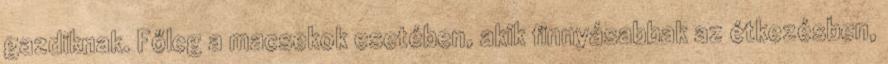
gazdiknak. Főleg a macsekok esetében, akik finnyásabbak az étkezésben,